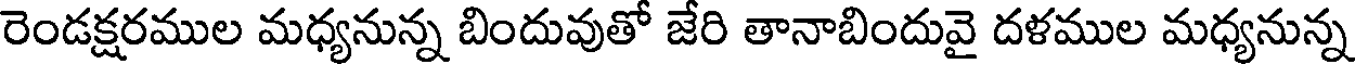
రెండక్షరముల మధ్యనున్న బిందువుతో జేరి తానాబిందువై దళముల మధ్యనున్న